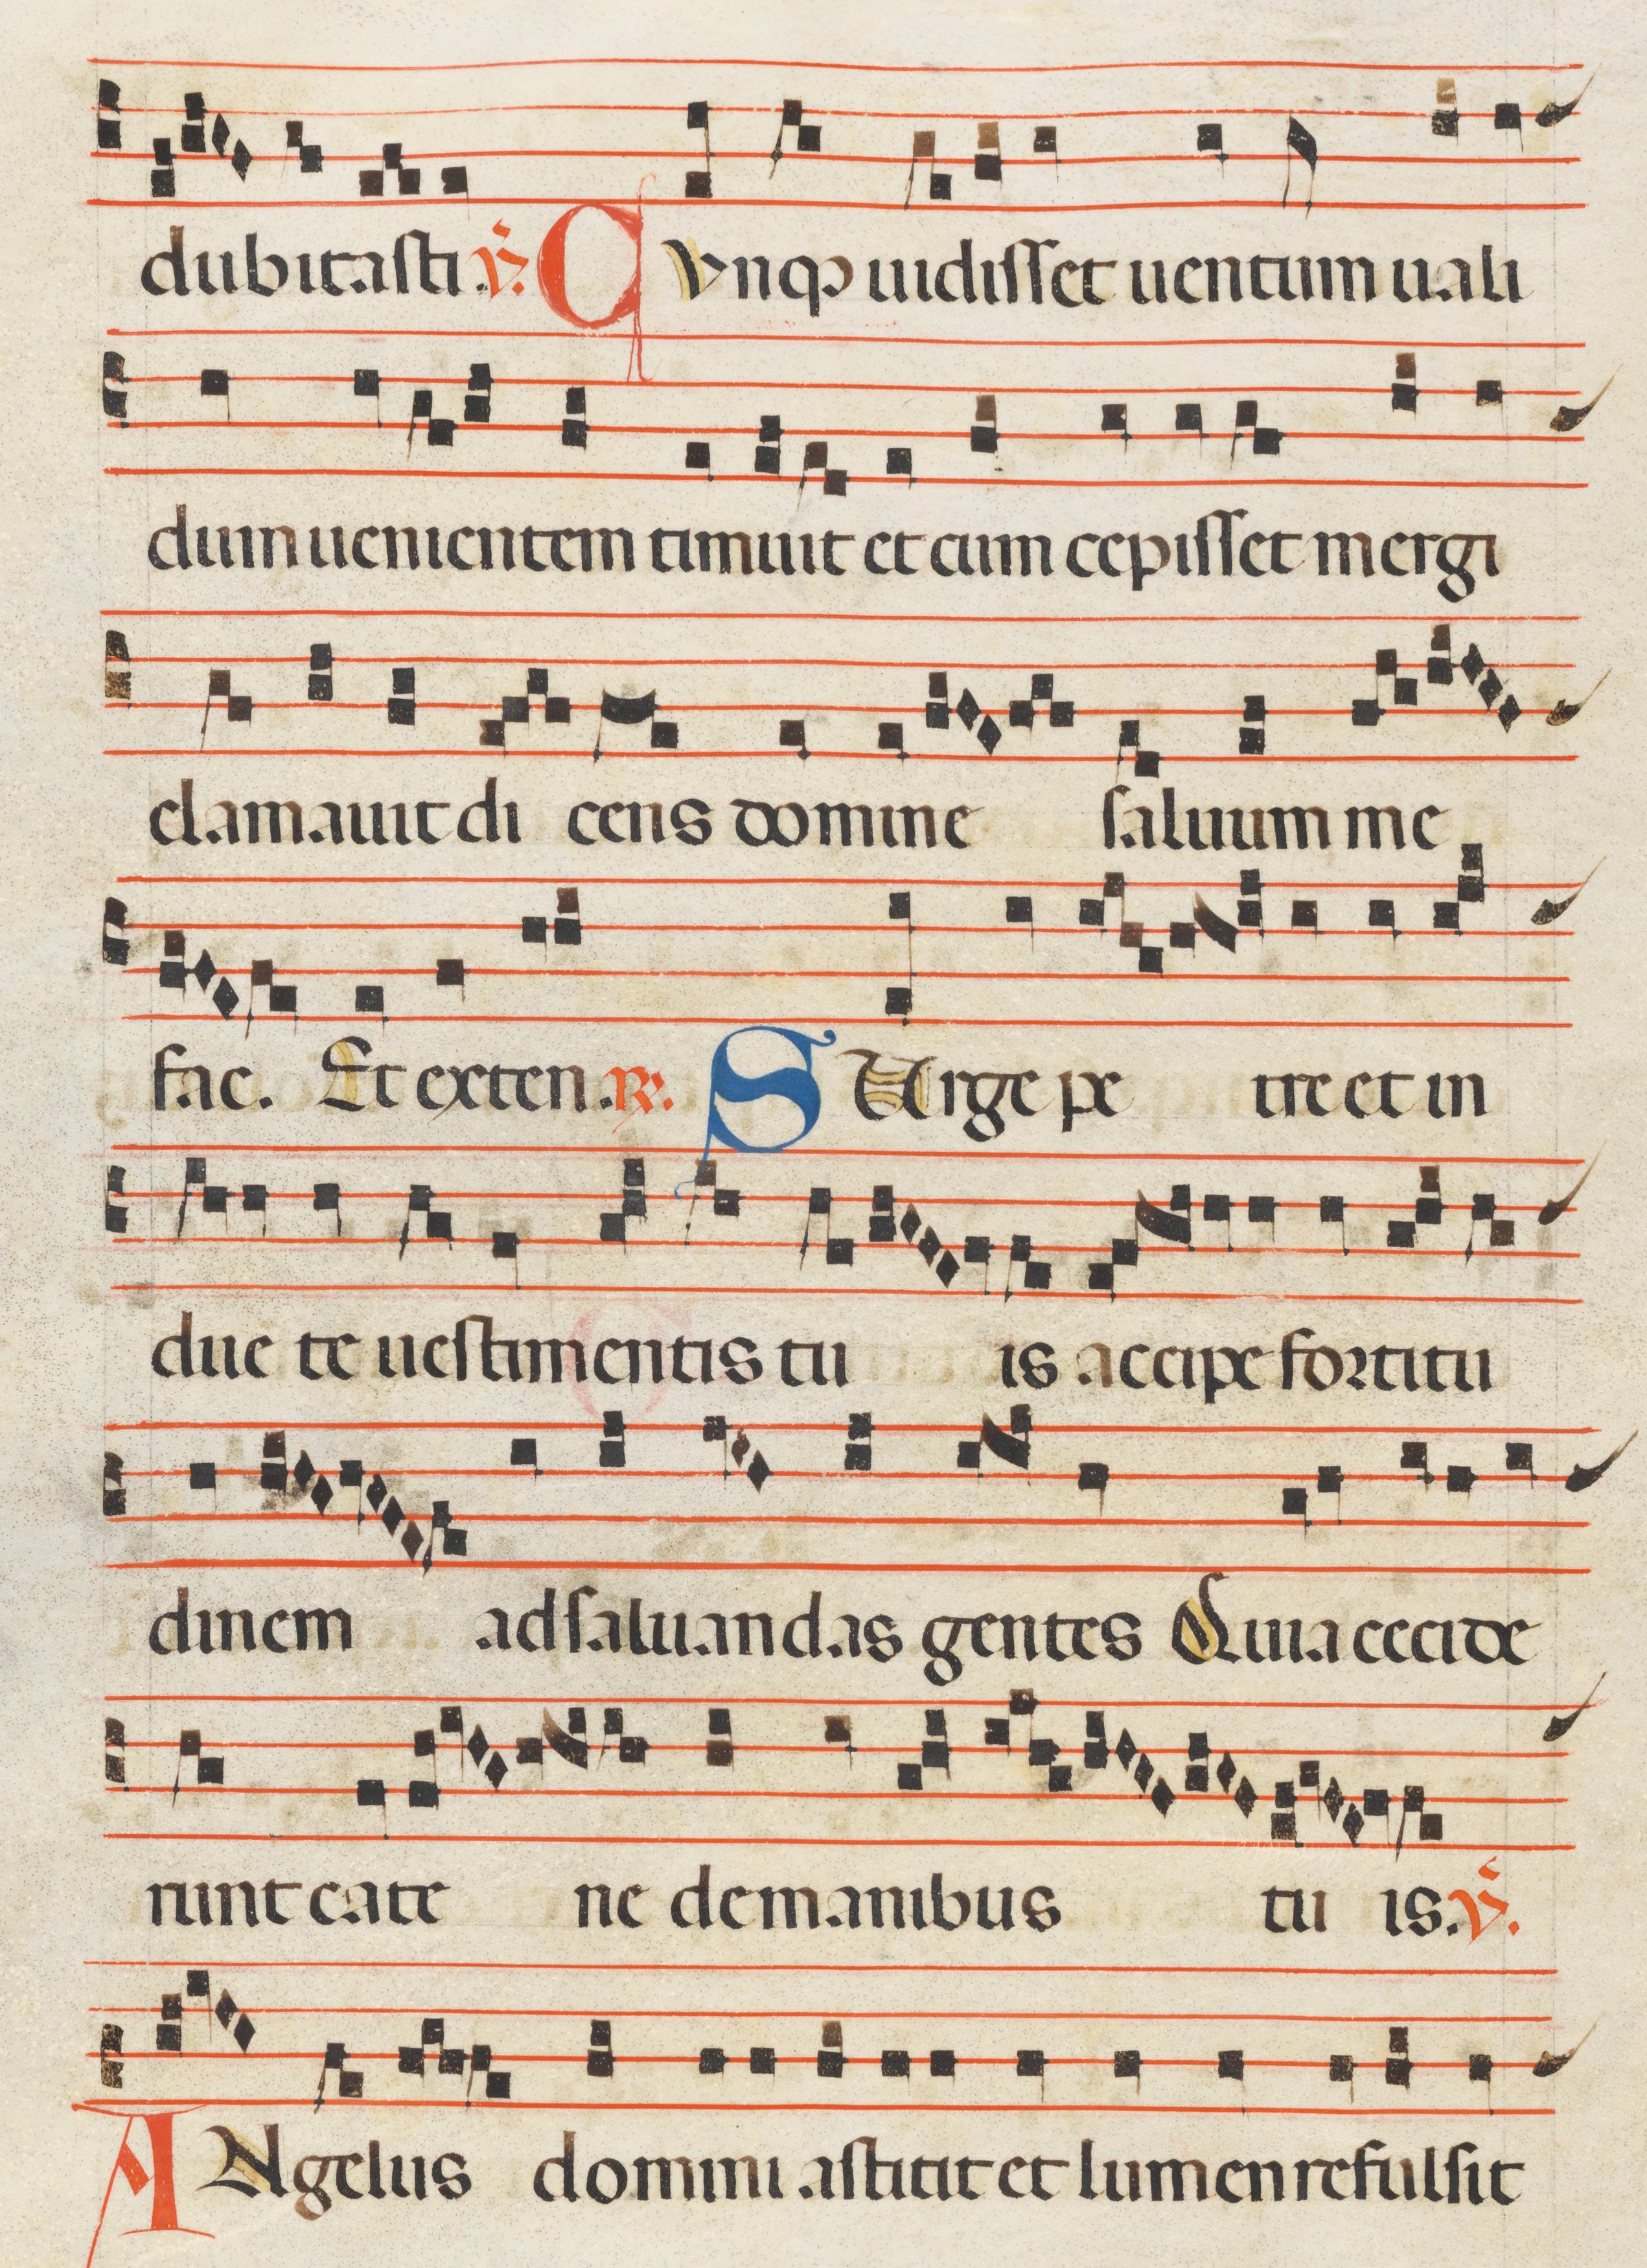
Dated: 1300–1330